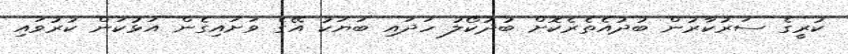
ކުރީގެ ސަރުކާރުން ބުދުއެތެރެކޮށް ބުދުކޯލު ހަދައި ބަޔަކު އޭގެ ވަށައިގެން އަޅުކަން ކުރުވައި